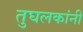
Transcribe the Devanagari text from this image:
तुघलकांनी